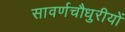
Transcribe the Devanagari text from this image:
सावर्णचौधुरीयों